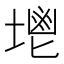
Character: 𡏓